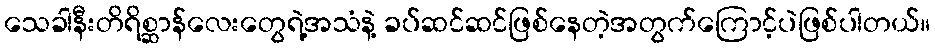
သေခါနီးတိရိစ္ဆာန်လေးတွေရဲ့အသံနဲ့ ခပ်ဆင်ဆင်ဖြစ်နေတဲ့အတွက်ကြောင့်ပဲဖြစ်ပါတယ်။